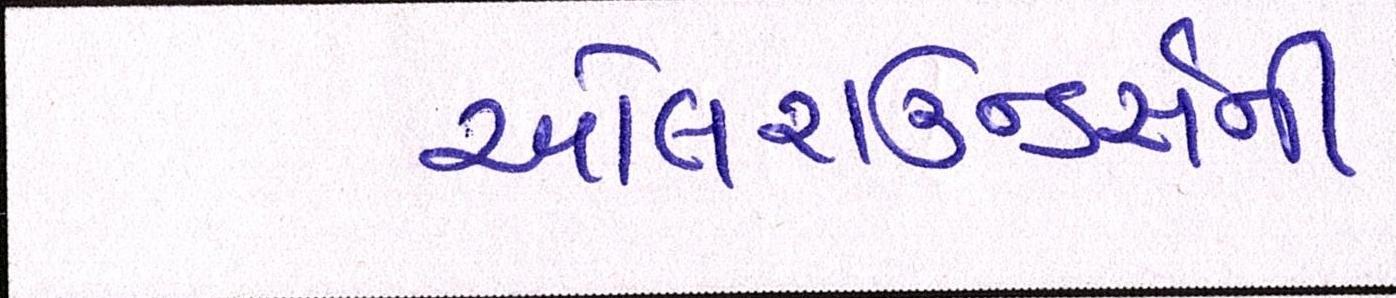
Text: ઓલરાઉન્ડર્સની